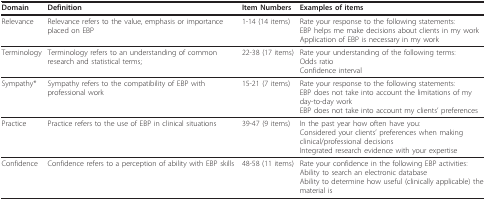
<table><thead><tr><td><b>Domain</b></td><td><b>Definition</b></td><td><b>Item Numbers</b></td><td><b>Examples of items</b></td></tr></thead><tbody><tr><td>Relevance</td><td>Relevance refers to the value, emphasis or importance placed on EBP</td><td>1-14 (14 items)</td><td>Rate your response to the following statements:EBP helps me make decisions about clients in my workApplication of EBP is necessary in my work</td></tr><tr><td>Terminology</td><td>Terminology refers to an understanding of common research and statistical terms;</td><td>22-38 (17 items)</td><td>Rate your understanding of the following terms:Odds ratioConfidence interval</td></tr><tr><td>Sympathy*</td><td>Sympathy refers to the compatibility of EBP with professional work</td><td>15-21 (7 items)</td><td>Rate your response to the following statements:EBP does not take into account the limitations of my day-to-day workEBP does not take into account my clients&#x27; preferences</td></tr><tr><td>Practice</td><td>Practice refers to the use of EBP in clinical situations</td><td>39-47 (9 items)</td><td>In the past year how often have you:Considered your clients&#x27; preferences when making clinical/professional decisionsIntegrated research evidence with your expertise</td></tr><tr><td>Confidence</td><td>Confidence refers to a perception of ability with EBP skills</td><td>48-58 (11 items)</td><td>Rate your confidence in the following EBP activities:Ability to search an electronic databaseAbility to determine how useful (clinically applicable) the material is</td></tr></tbody></table>